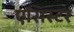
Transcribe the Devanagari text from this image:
एसिस्टर